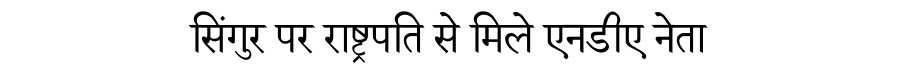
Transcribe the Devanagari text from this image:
सिंगुर पर राष्ट्रपति से मिले एनडीए नेता